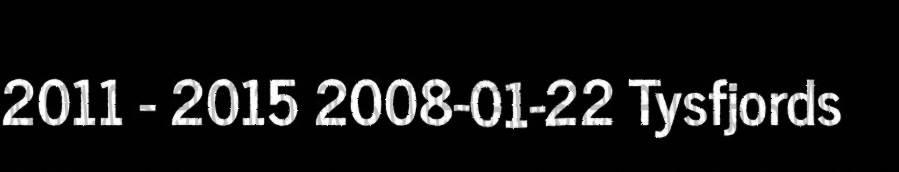
2011 - 2015 2008-01-22 Tysfjords